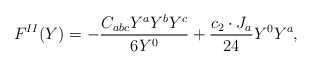
\begin{align*}F^{II}(Y)=-{{C_{abc}Y^aY^bY^c}\over{6Y^0}}+{{c_2\cdot J_a}\over{24}}Y^0Y^a,\end{align*}